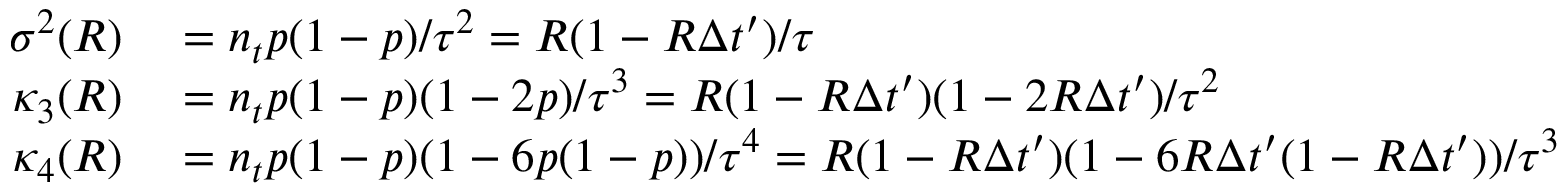
\begin{array} { r l } { \sigma ^ { 2 } ( R ) } & { { } = n _ { t } p ( 1 - p ) / \tau ^ { 2 } = R ( 1 - R \Delta t ^ { \prime } ) / \tau } \\ { \kappa _ { 3 } ( R ) } & { { } = n _ { t } p ( 1 - p ) ( 1 - 2 p ) / \tau ^ { 3 } = R ( 1 - R \Delta t ^ { \prime } ) ( 1 - 2 R \Delta t ^ { \prime } ) / \tau ^ { 2 } } \\ { \kappa _ { 4 } ( R ) } & { { } = n _ { t } p ( 1 - p ) ( 1 - 6 p ( 1 - p ) ) / \tau ^ { 4 } = R ( 1 - R \Delta t ^ { \prime } ) ( 1 - 6 R \Delta t ^ { \prime } ( 1 - R \Delta t ^ { \prime } ) ) / \tau ^ { 3 } } \end{array}